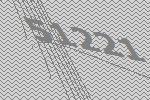
51221